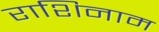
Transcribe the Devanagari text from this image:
राशिनाम